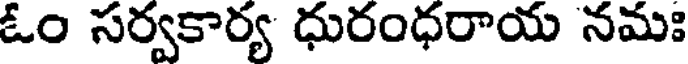
ఓం సర్వకార్య ధురంధరాయ నమః